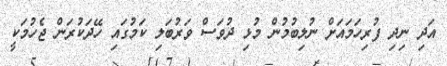
އަދި ނިދި ފުރިހަމައަށް ނުލިބުމުން މުޅި ދުވަސް ވަރުބަލި ކަމުގައި ހޭދަކުރަން ޖެހުމަކީ